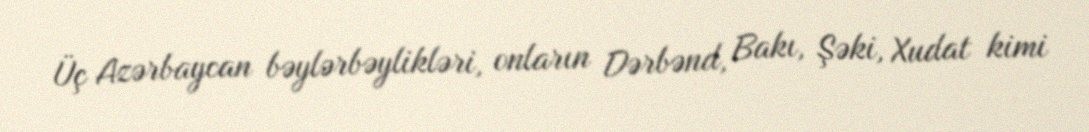
Üç Azərbaycan bəylərbəylikləri, onların Dərbənd, Bakı, Şəki, Xudat kimi